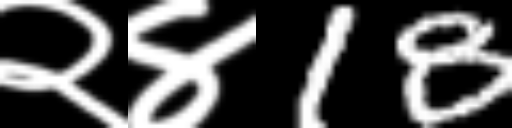
Text: २४18